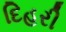
દિહરી